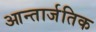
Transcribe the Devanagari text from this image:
आन्तार्जतिक